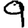
Digit: 9